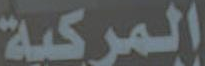
المركبة